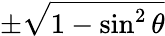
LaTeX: \pm{\sqrt{1-\sin^{2}\theta}}